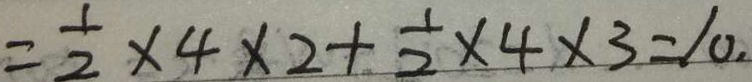
= \frac { 1 } { 2 } \times 4 \times 2 + \frac { 1 } { 2 } \times 4 \times 3 = 1 0 .